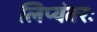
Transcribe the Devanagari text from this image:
लिप्यंतरः